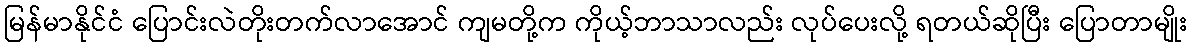
မြန်မာနိုင်ငံ ပြောင်းလဲတိုးတက်လာအောင် ကျမတို့က ကိုယ့်ဘာသာလည်း လုပ်ပေးလို့ ရတယ်ဆိုပြီး ပြောတာမျိုး